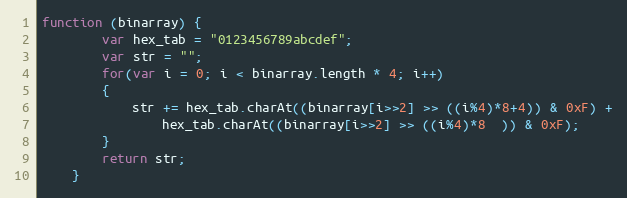
Language: JavaScript
function (binarray) {
        var hex_tab = "0123456789abcdef";
        var str = "";
        for(var i = 0; i < binarray.length * 4; i++)
        {
            str += hex_tab.charAt((binarray[i>>2] >> ((i%4)*8+4)) & 0xF) +
                hex_tab.charAt((binarray[i>>2] >> ((i%4)*8  )) & 0xF);
        }
        return str;
    }